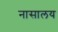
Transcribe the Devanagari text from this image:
नासालय